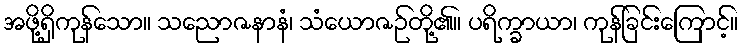
အဖို့ရှိကုန်သော။ သညောဇနာနံ၊ သံယောဇဉ်တို့၏။ ပရိက္ခာယာ၊ ကုန်ခြင်းကြောင့်။